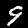
Label: 9